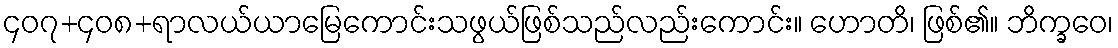
၄၀၇+၄၀၈+ရာလယ်ယာမြေကောင်းသဖွယ်ဖြစ်သည်လည်းကောင်း။ ဟောတိ၊ ဖြစ်၏။ ဘိက္ခဝေ၊